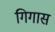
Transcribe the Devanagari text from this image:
गिगास